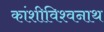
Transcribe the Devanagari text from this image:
कांशीविश्वनाथ